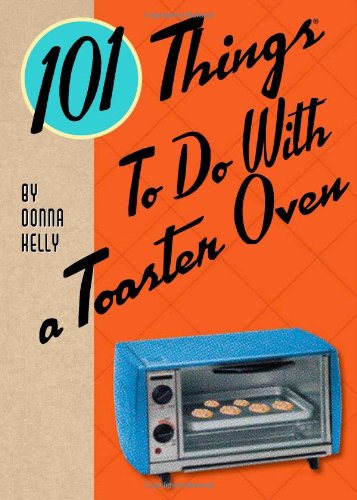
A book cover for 101 Things to Do with a Toaster Oven; Donna Kelly; Cookbooks, Food & Wine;